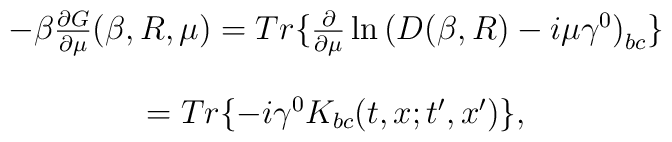
\begin{array}{c}  -\beta   \frac{\partial G}{\partial \mu }(\beta ,R,\mu )=Tr\{\frac \partial {\partial  \mu }\ln \left( D(\beta ,R)-i\mu \gamma ^0\right) _{bc}\} \\  \\   =Tr\{-i\gamma ^0K_{bc}(t,x;t^{\prime },x^{\prime })\},   \end{array}